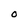
Character: o